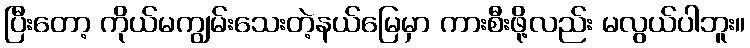
ပြီးတော့ ကိုယ်မကျွမ်းသေးတဲ့နယ်မြေမှာ ကားစီးဖို့လည်း မလွယ်ပါဘူး။